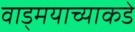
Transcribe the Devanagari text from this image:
वाड्मयाच्याकडे